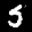
Label: 5